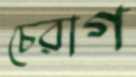
চেরাগ